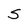
Character: S